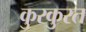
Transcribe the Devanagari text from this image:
कुरकुरत